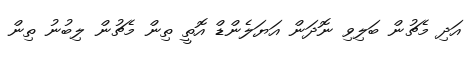
އަދި މެޗުން ބަލިވި ނޮދަން އަޔަލެންޑް އޮތީ ތިން މެޗުން ލިބުނު ތިން